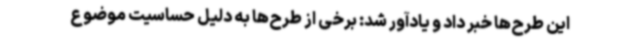
این طرح‌ها خبر داد و یادآور شد: برخی از طرح‌ها به دلیل حساسیت موضوع